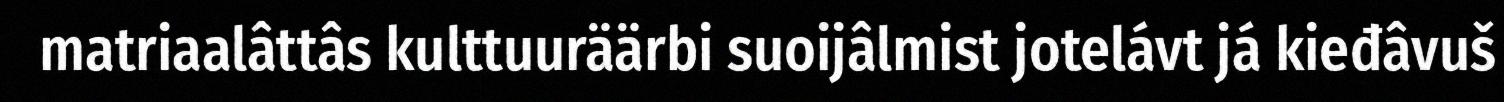
matriaalâttâs kulttuuräärbi suoijâlmist jotelávt já kieđâvuš